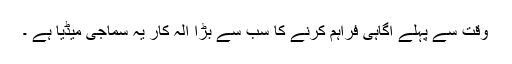
وقت سے پہلے آگاہی فراہم کرنے کا سب سے بڑا آلہ کار یہ سماجی میڈیا ہے ۔